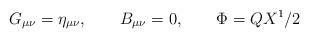
LaTeX: \begin{align*}G_{\mu\nu} = \eta_{\mu\nu}, \qquad B_{\mu\nu} = 0, \qquad\Phi = Q X^1/2 \end{align*}